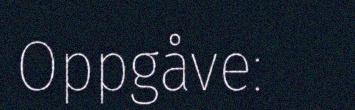
Oppgåve: